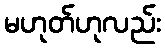
မဟုတ်ဟုလည်း